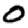
Digit: 0